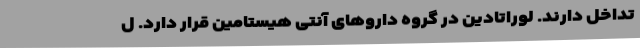
تداخل دارند. لوراتادین در گروه داروهای آنتی هیستامین قرار دارد. ل